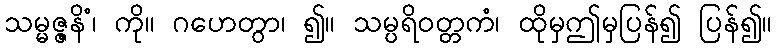
သမ္မဇ္ဇနိံ၊ ကို။ ဂဟေတွာ၊ ၍။ သမ္ပရိဝတ္တကံ၊ ထိုမှဤမှပြန်၍ ပြန်၍။